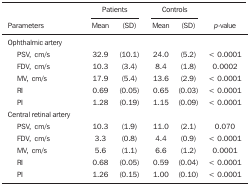
<table><thead><tr><td rowspan="2"><b>Parameters</b></td><td colspan="2"><b>Patients</b></td><td><b> </b></td><td colspan="2"><b>Controls</b></td><td><b> </b></td></tr><tr><td><b>Mean</b></td><td><b>(SD)</b></td><td><b> </b></td><td><b>Mean</b></td><td><b>(SD)</b></td><td><b><i>p</i>-value</b></td></tr></thead><tbody><tr><td>Ophthalmic artery</td><td> </td><td> </td><td> </td><td> </td><td> </td><td> </td></tr><tr><td>PSV, cm/s</td><td>32.9</td><td>(10.1)</td><td> </td><td>24.0</td><td>(5.2)</td><td>&lt; 0.0001</td></tr><tr><td>FDV, cm/s</td><td>10.3</td><td>(3.4)</td><td> </td><td>8.4</td><td>(1.8)</td><td>0.0002</td></tr><tr><td>MV, cm/s</td><td>17.9</td><td>(5.4)</td><td> </td><td>13.6</td><td>(2.9)</td><td>&lt; 0.0001</td></tr><tr><td>RI</td><td>0.69</td><td>(0.05)</td><td> </td><td>0.65</td><td>(0.03)</td><td>&lt; 0.0001</td></tr><tr><td>PI</td><td>1.28</td><td>(0.19)</td><td> </td><td>1.15</td><td>(0.09)</td><td>&lt; 0.0001</td></tr><tr><td>Central retinal artery</td><td> </td><td> </td><td> </td><td> </td><td> </td><td> </td></tr><tr><td>PSV, cm/s</td><td>10.3</td><td>(1.9)</td><td> </td><td>11.0</td><td>(2.1)</td><td>0.070</td></tr><tr><td>FDV, cm/s</td><td>3.3</td><td>(0.8)</td><td> </td><td>4.4</td><td>(0.9)</td><td>&lt; 0.0001</td></tr><tr><td>MV, cm/s</td><td>5.6</td><td>(1.1)</td><td> </td><td>6.6</td><td>(1.2)</td><td>0.0001</td></tr><tr><td>RI</td><td>0.68</td><td>(0.05)</td><td> </td><td>0.59</td><td>(0.04)</td><td>&lt; 0.0001</td></tr><tr><td>PI</td><td>1.26</td><td>(0.15)</td><td> </td><td>1.00</td><td>(0.10)</td><td>&lt; 0.0001</td></tr></tbody></table>